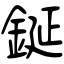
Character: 鋋